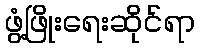
ဖွံ့ဖြိုးရေးဆိုင်ရာ